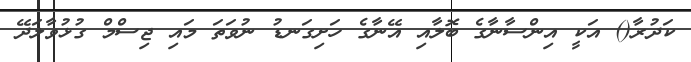
ކަދުރާ() އަކީ އިންސާނާގެ ބޮލާއި އޭނާގެ ހަށިގަނޑު ނުވަތަ މައި ޖިސްމް ގުޅުވާލަދޭ